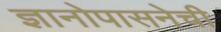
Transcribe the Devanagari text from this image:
ज्ञानोपासनेची